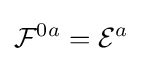
{\mathcal {F}}^{0a}={\mathcal {E}}^{a}